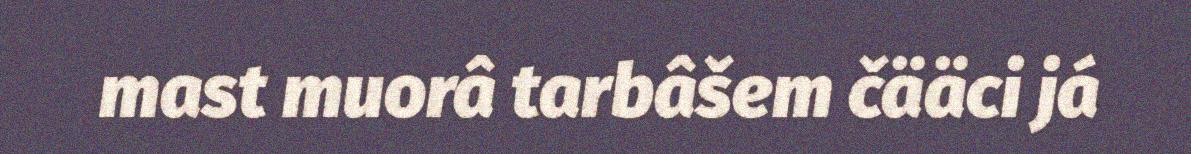
mast muorâ tarbâšem čääci já